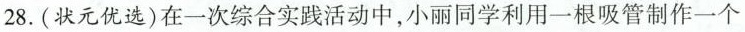
28. (状元优选)在一次综合实践活动中，小丽同学利用一根吸管制作一个